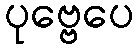
ပုဗ္ဗေပေ